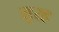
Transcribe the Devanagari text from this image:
सुरह